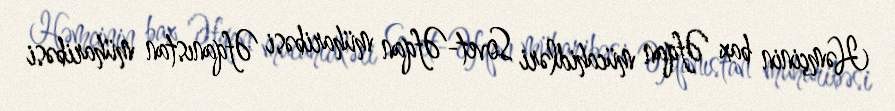
Həmçinin bax Əfqan mücahidləri Sovet-Əfqan müharibəsi Əfqanıstan müharibəsi